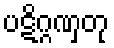
ပဋိဂ္ဂဏှတု